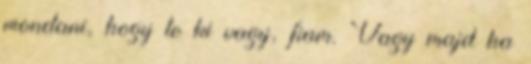
mondani, hogy te ki vagy, fiam. Vagy majd ha